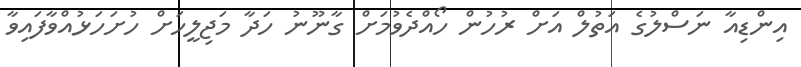
އިންޑިއާ ނަސްލުގެ އަތުލް އަށް ރުހުން ހޯއްދެވުމަށް ގާނޫނު ހަދާ މަޖިލީހަށް ހުށަހަޅުއްވާފައިވާ